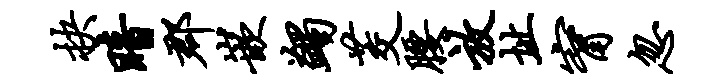
抉暗郡嵌蠲茭腰放址甯忽